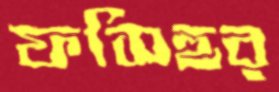
ফসিহুর